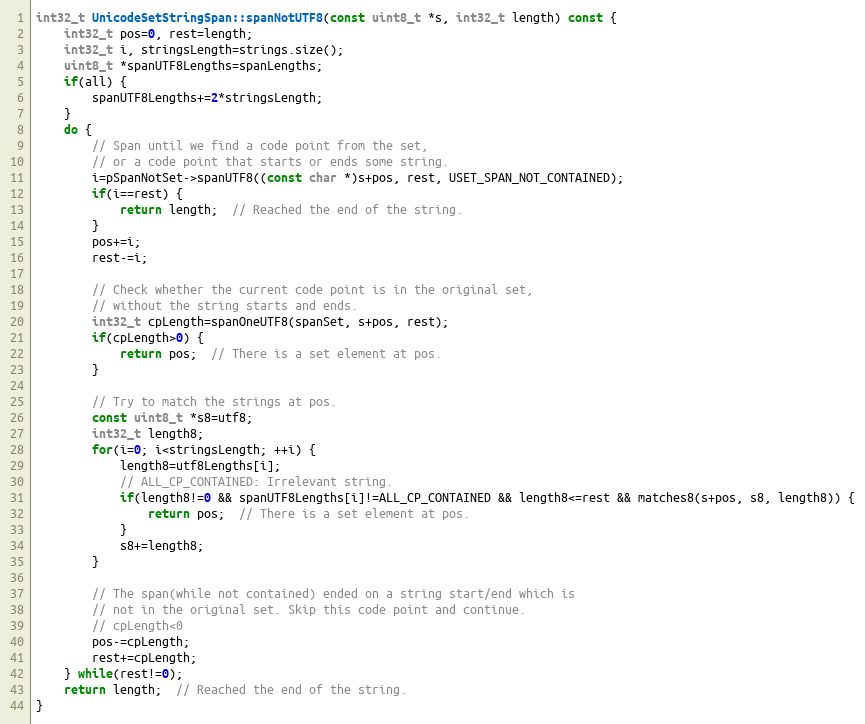
Language: C++
int32_t UnicodeSetStringSpan::spanNotUTF8(const uint8_t *s, int32_t length) const {
    int32_t pos=0, rest=length;
    int32_t i, stringsLength=strings.size();
    uint8_t *spanUTF8Lengths=spanLengths;
    if(all) {
        spanUTF8Lengths+=2*stringsLength;
    }
    do {
        // Span until we find a code point from the set,
        // or a code point that starts or ends some string.
        i=pSpanNotSet->spanUTF8((const char *)s+pos, rest, USET_SPAN_NOT_CONTAINED);
        if(i==rest) {
            return length;  // Reached the end of the string.
        }
        pos+=i;
        rest-=i;

        // Check whether the current code point is in the original set,
        // without the string starts and ends.
        int32_t cpLength=spanOneUTF8(spanSet, s+pos, rest);
        if(cpLength>0) {
            return pos;  // There is a set element at pos.
        }

        // Try to match the strings at pos.
        const uint8_t *s8=utf8;
        int32_t length8;
        for(i=0; i<stringsLength; ++i) {
            length8=utf8Lengths[i];
            // ALL_CP_CONTAINED: Irrelevant string.
            if(length8!=0 && spanUTF8Lengths[i]!=ALL_CP_CONTAINED && length8<=rest && matches8(s+pos, s8, length8)) {
                return pos;  // There is a set element at pos.
            }
            s8+=length8;
        }

        // The span(while not contained) ended on a string start/end which is
        // not in the original set. Skip this code point and continue.
        // cpLength<0
        pos-=cpLength;
        rest+=cpLength;
    } while(rest!=0);
    return length;  // Reached the end of the string.
}